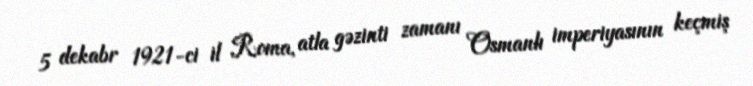
5 dekabr 1921-ci il Roma, atla gəzinti zamanı Osmanlı imperiyasının keçmiş